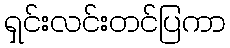
ရှင်းလင်းတင်ပြကာ